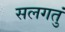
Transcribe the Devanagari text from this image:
सलगतुं